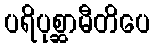
ပရိပုစ္ဆာမီတိပေ